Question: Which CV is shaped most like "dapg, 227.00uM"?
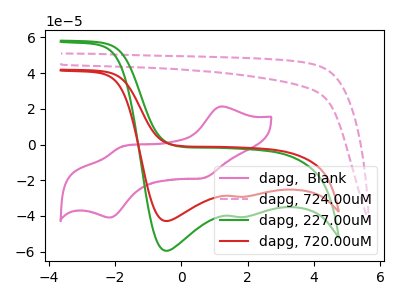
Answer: <think>The pink curve "dapg,  Blank" has anodic peaks at (1.20V, 21.35uA) (-1.85V, -1.40uA) and cathodic peaks at (0.65V, -18.80uA) (-2.15V, -41.00uA). The pink dashed curve "dapg, 724.00uM" has no peaks. The green curve "dapg, 227.00uM" has cathodic peaks at (-0.45V, -59.55uA) (1.90V, -40.65uA). The red curve "dapg, 720.00uM" has cathodic peaks at (-0.45V, -42.90uA) (1.90V, -29.25uA).
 "dapg,  Blank" and "dapg, 724.00uM" have a different number of peaks. "dapg,  Blank" and "dapg, 227.00uM" have a different number of peaks. "dapg,  Blank" and "dapg, 720.00uM" have a different number of peaks. "dapg, 724.00uM" and "dapg, 227.00uM" have a different number of peaks. "dapg, 724.00uM" and "dapg, 720.00uM" have a different number of peaks. All the peaks in "dapg, 227.00uM" have a peak in "dapg, 720.00uM" at the same potential. Every peak in "dapg, 227.00uM" is higher than every peak in "dapg, 720.00uM".</think>
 <answer>The CV with the most similar shape to "dapg, 720.00uM" is "dapg, 227.00uM".</answer>
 <eval>"dapg, 227.00uM"</eval>